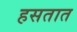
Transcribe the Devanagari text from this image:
हसतात